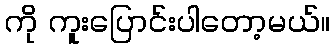
ကို ကူးပြောင်းပါတော့မယ်။